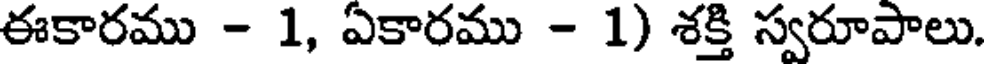
ఈకారము - 1, ఏకారము - 1) శక్తి స్వరూపాలు.